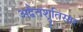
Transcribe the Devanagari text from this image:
अद्वैतश्रुतिसार